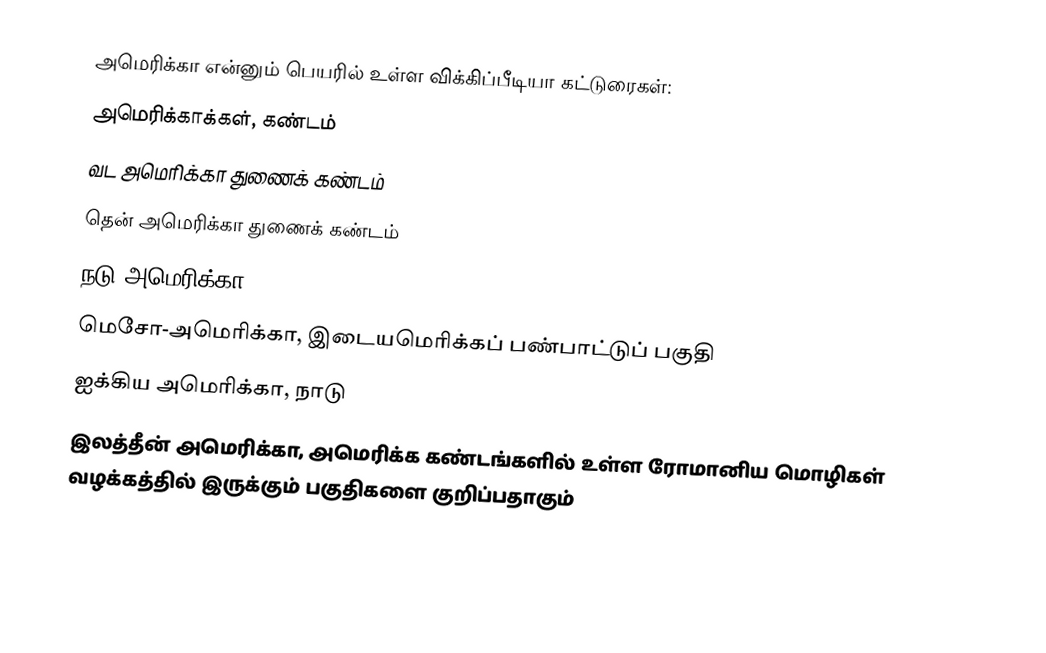
அமெரிக்கா என்னும் பெயரில் உள்ள விக்கிப்பீடியா கட்டுரைகள்:
 அமெரிக்காக்கள், கண்டம்
 வட அமெரிக்கா துணைக் கண்டம்
 தென் அமெரிக்கா துணைக் கண்டம்
 நடு அமெரிக்கா
 மெசோ-அமெரிக்கா, இடையமெரிக்கப் பண்பாட்டுப் பகுதி
 ஐக்கிய அமெரிக்கா, நாடு
 இலத்தீன் அமெரிக்கா, அமெரிக்க கண்டங்களில் உள்ள ரோமானிய மொழிகள் வழக்கத்தில் இருக்கும் பகுதிகளை குறிப்பதாகும்